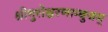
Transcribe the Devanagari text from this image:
श्रीगुरोश्चरणाम्बुजम्